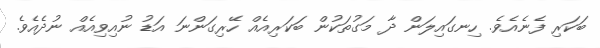
ބަކަރި ފެނެއެވެ. ހިނގައިލަން ދާ މަގުތަކުން ބަކަރިއެއް ހޭރިގަންނަ އަޑު ނުއިވިއެއް ނުދެއެވެ.